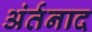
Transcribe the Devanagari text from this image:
अंर्तनाद